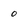
Character: 0